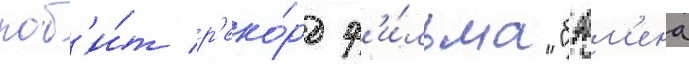
поб'и́т р'еко́рд ф'и́льма "бэтм'ена